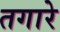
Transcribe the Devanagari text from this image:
तगारे